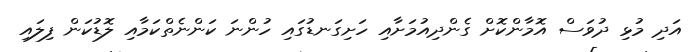
އަދި މުޅި ދުވަސް އޮމާންކޮށް ގެންދިއުމަށާއި ހަށިގަނޑުގައި ހުންނަ ކަންނެތްކަމާއި ލޮޑުކަން ފިލައި